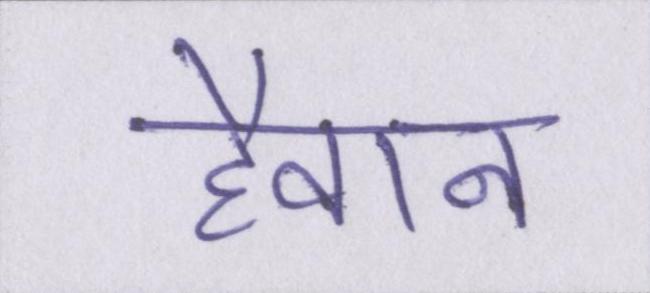
हैवान